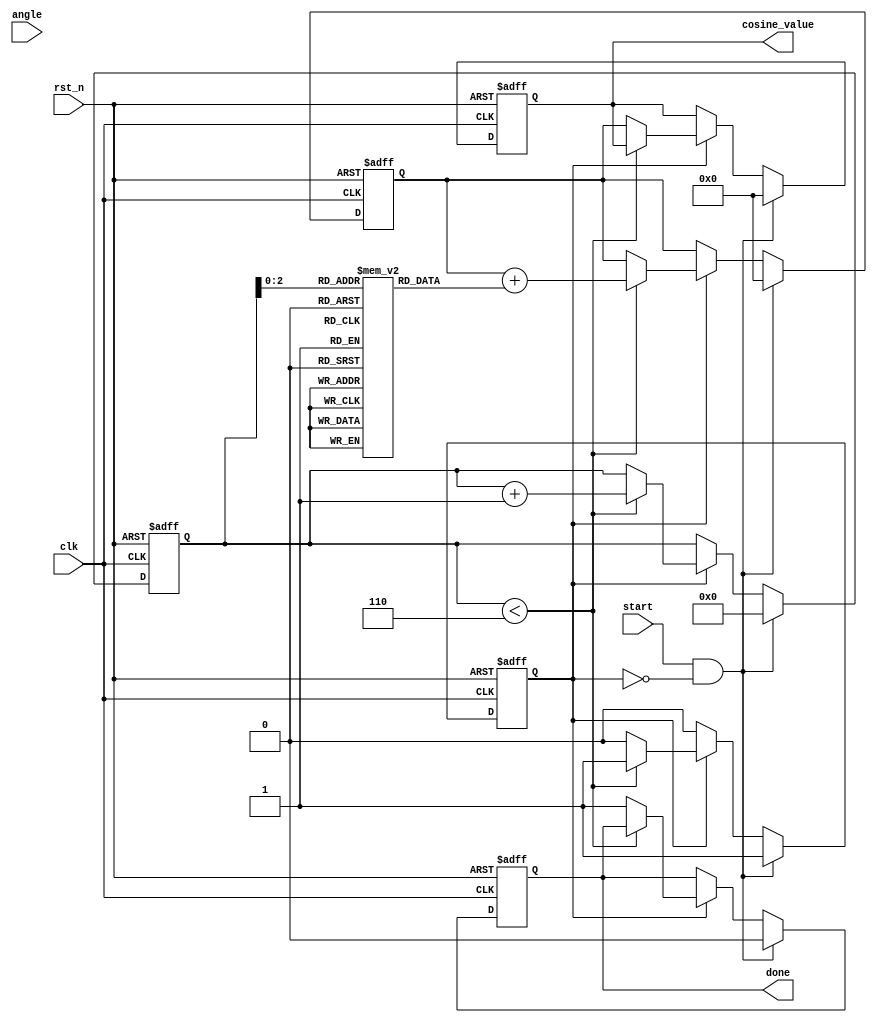
module cosine_calculator (
    input wire clk,
    input wire rst_n,
    input wire start,
    input wire [15:0] angle, // Fixed-point representation of the angle in radians
    output reg [15:0] cosine_value, // Fixed-point representation of the cosine value
    output reg done // Signal indicating completion of calculation
);

    // Parameters for Taylor Series expansion (up to 6 terms)
    parameter N_TERMS = 6; // Number of terms in the Taylor series
    reg [15:0] term [0:N_TERMS-1]; // Array to hold terms of the series
    reg [15:0] sum; // Accumulator for the cosine value
    reg [3:0] term_index; // Index for current term
    reg [15:0] angle_squared; // Square of the angle
    reg calculating; // State to indicate if calculation is in progress

    // Pre-compute the terms of the Taylor series for cosine
    initial begin
        term[0] = 16'h10000; // 1.0 in fixed-point
        term[1] = 16'h0000; // x^1 / 1! = 0
        term[2] = -16'h8000; // -x^2 / 2! = -0.5
        term[3] = 16'h0000; // x^3 / 3! = 0
        term[4] = 16'h1400; // x^4 / 4! = 0.04166667
        term[5] = -16'h0030; // -x^5 / 5! = -0.001388889
    end

    // State machine for cosine calculation
    always @(posedge clk or negedge rst_n) begin
        if (!rst_n) begin
            cosine_value <= 16'h0000;
            done <= 1'b0;
            term_index <= 0;
            sum <= 0;
            calculating <= 1'b0;
        end else if (start && !calculating) begin
            calculating <= 1'b1;
            term_index <= 0;
            sum <= 16'h10000; // Start with the first term (1.0)
            cosine_value <= 16'h0000;
            done <= 1'b0;
        end else if (calculating) begin
            if (term_index < N_TERMS) begin
                // Add the current term to the sum
                sum <= sum + term[term_index];
                term_index <= term_index + 1;
            end else begin
                cosine_value <= sum; // Final cosine value
                done <= 1'b1; // Indicate completion
                calculating <= 1'b0; // Reset calculating state
            end
        end
    end

endmodule